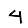
Digit: 4